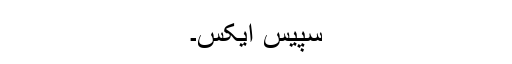
سپیس ایکس۔